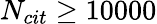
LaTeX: N_{cit}\ge 10000